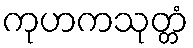
ကုဟကသုတ္တံ